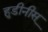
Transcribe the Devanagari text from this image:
हुडीनीस्